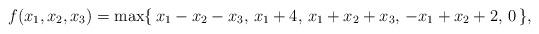
LaTeX: \begin{align*}f(x_1,x_2,x_3) = \max\{\, x_1-x_2-x_3, \, x_1+4, \, x_1+x_2+x_3, \, -x_1+x_2+2, \, 0 \,\} ,\end{align*}